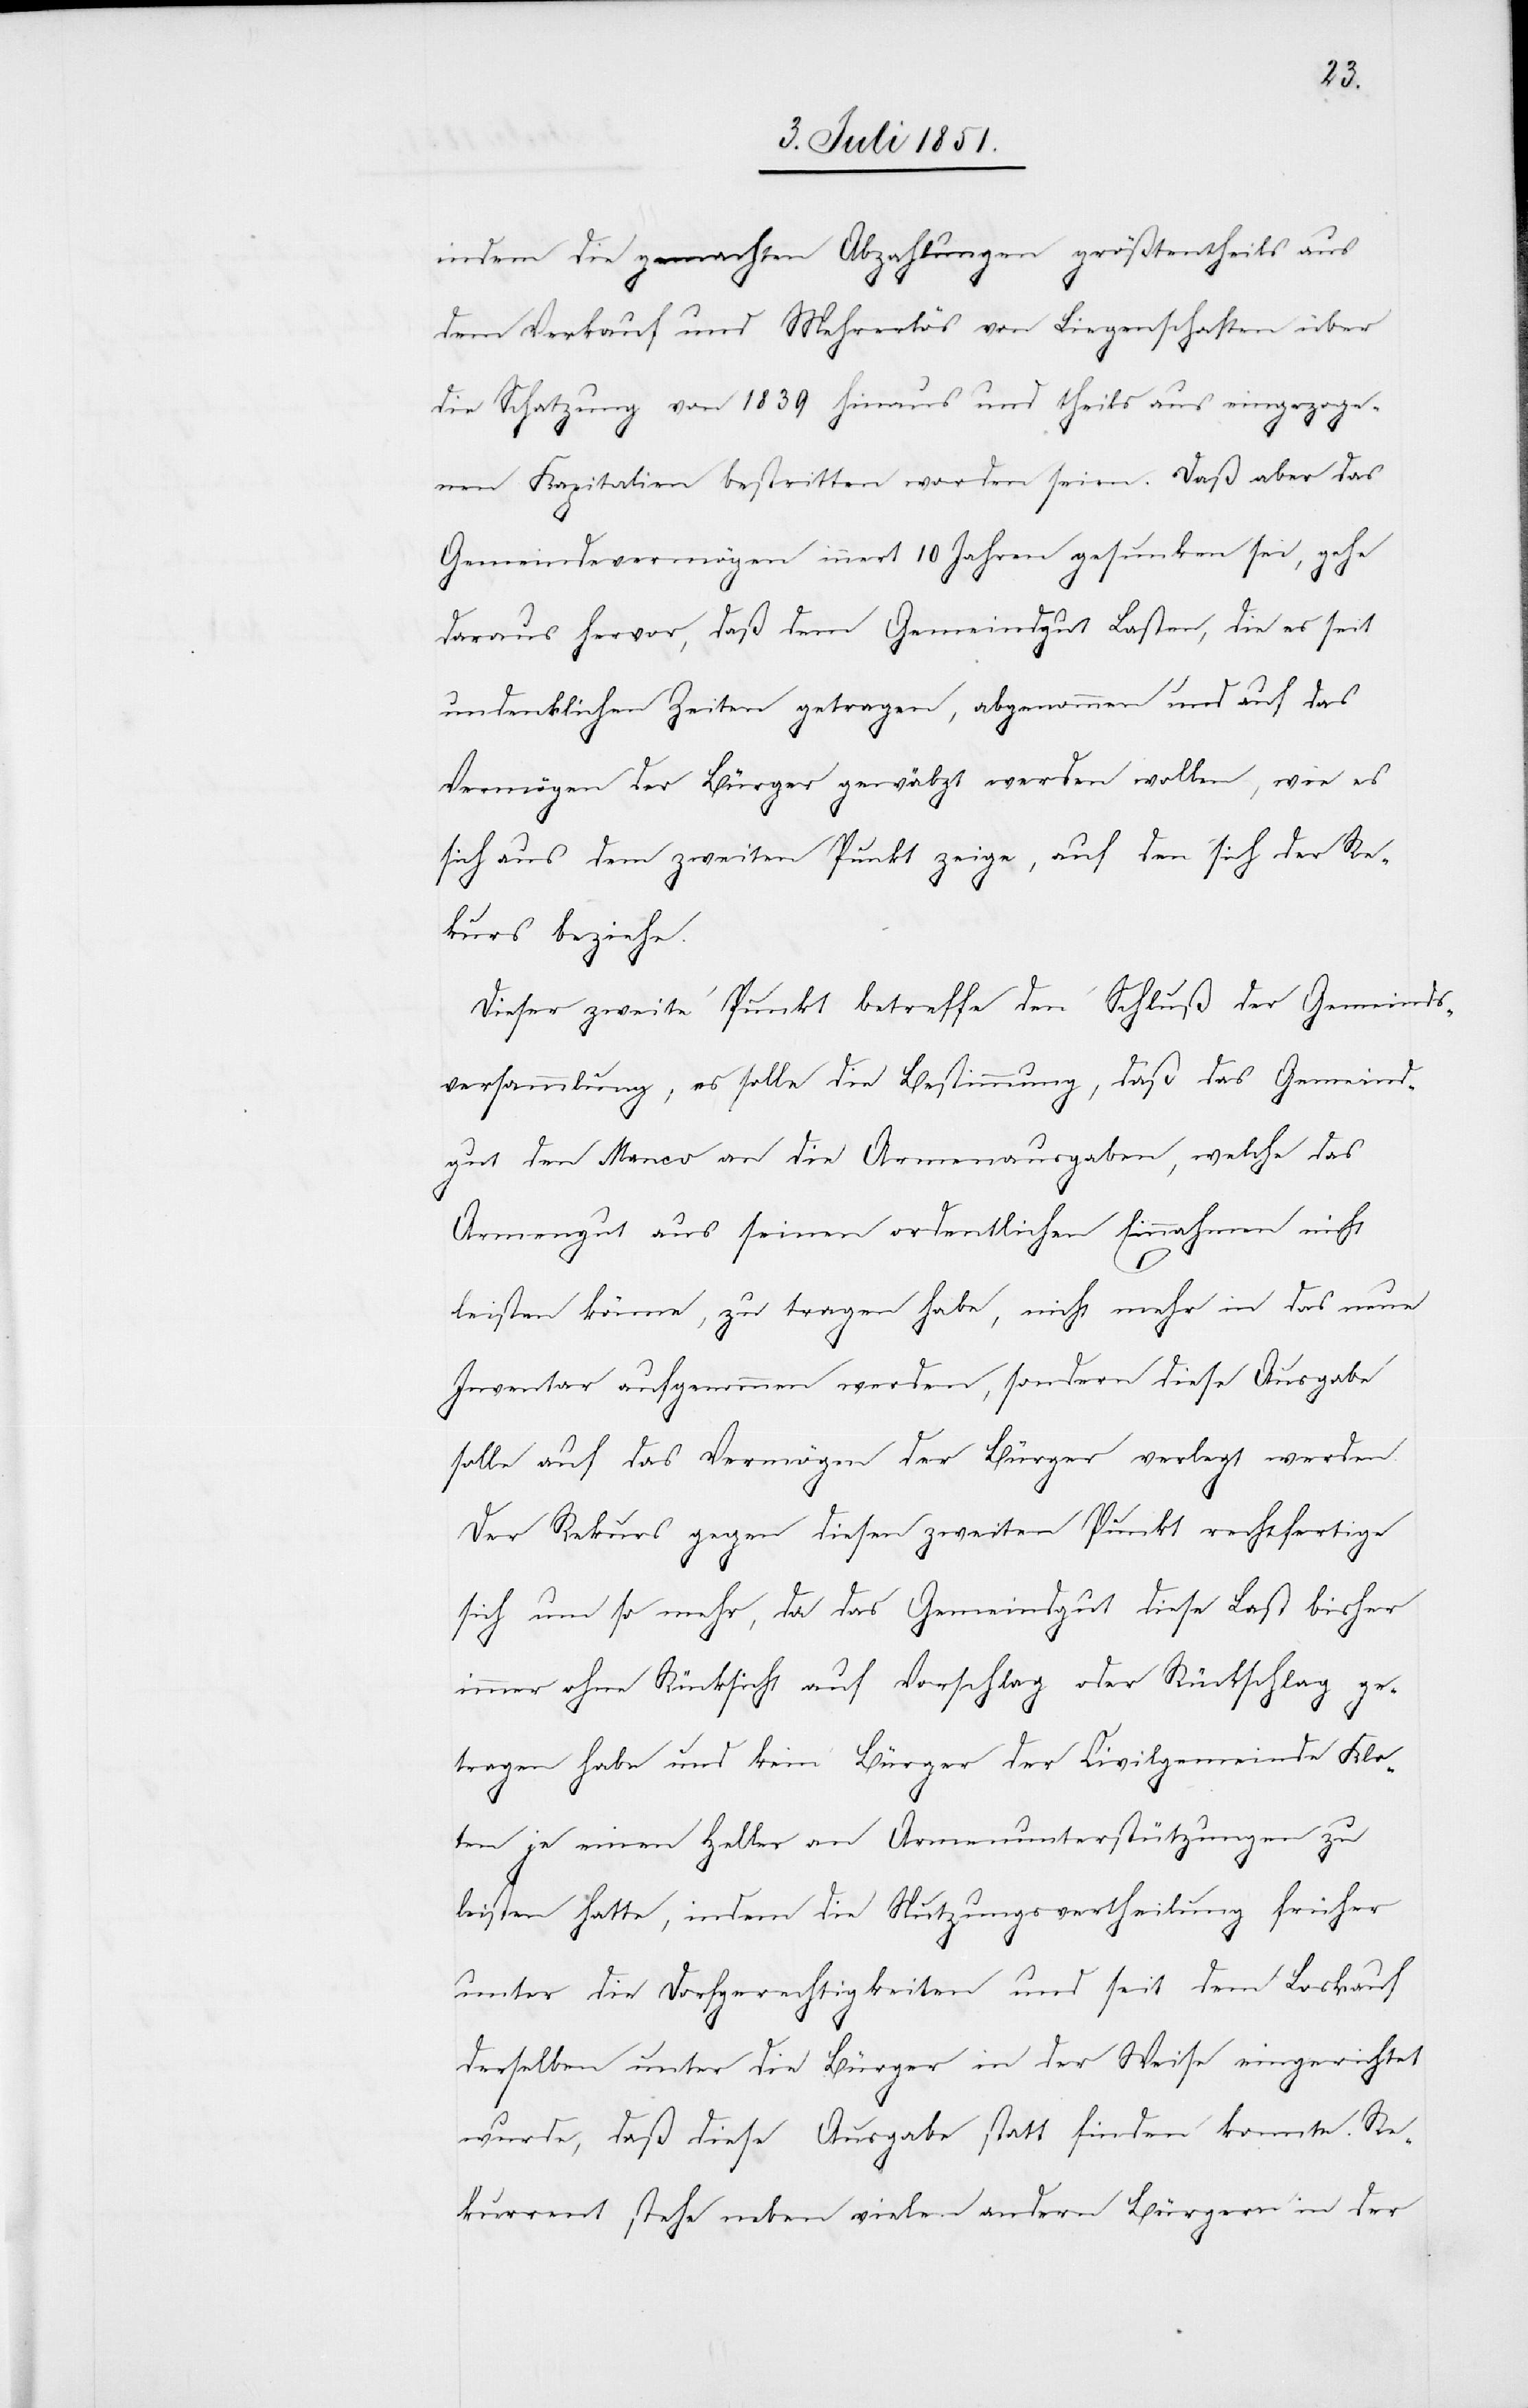
indem die gemachten Abzahlungen größtentheils aus
dem Verkauf und Mehrerlös von Liegenschaften über
die Schatzung von 1839 hinaus und theils aus eingezoge¬
nen Kapitalien bestritten worden seien. Daß aber das
Gemeindevermögen innert 10 Jahren gesunken sei, gehe
daraus hervor, daß dem Gemeindgut Lasten, die es seit
undenklichen Zeiten getragen, abgenommen und auf das
Vermögen der Bürger gewälzt werden wollen, wie es
sich aus dem zweiten Punkt zeige, auf den sich der Re¬
kurs beziehe.
Dieser zweite Punkt betreffe den Schluß der Gemeinds¬
versammlung, es solle die Bestimmung, daß das Gemeind¬
gut den Manco an die Armenausgaben, welche das
Armengut aus seinen ordentlichen Einnahmen nicht
leisten könne, zu tragen habe, nicht mehr in das neue
Inventar aufgenommen werden, sondern diese Ausgabe
solle auf das Vermögen der Bürger verlegt werden.
Der Rekurs gegen diesen zweiten Punkt rechtfertige
sich um so mehr, da das Gemeindgut diese Last bisher
immer ohne Rücksicht auf Vorschlag oder Rückschlag ge¬
tragen habe und kein Bürger der Civilgemeinde Klo¬
ten je einen Heller an Armenunterstützungen zu
leisten hatte, indem die Nutzungsvertheilung früher
unter die Dorfgerechtigkeiten und seit dem Loskauf
derselben unter die Bürger in der Weise eingerichtet
wurde, daß diese Ausgabe statt finden konnte. Re¬
kurrent stehe neben vielen andern Bürgern in der